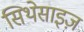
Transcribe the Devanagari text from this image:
सिथेसाइज़